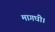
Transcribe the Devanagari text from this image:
मागघी।